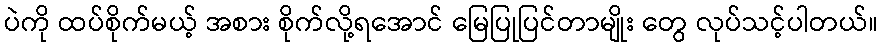
ပဲကို ထပ်စိုက်မယ့် အစား စိုက်လို့ရအောင် မြေပြုပြင်တာမျိုး တွေ လုပ်သင့်ပါတယ်။